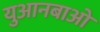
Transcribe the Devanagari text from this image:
युआनबाओ